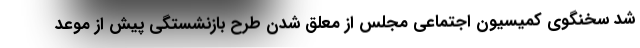
شد سخنگوی کمیسیون اجتماعی مجلس از معلق شدن طرح بازنشستگی پیش از موعد